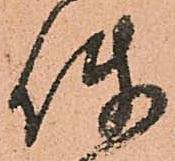
使